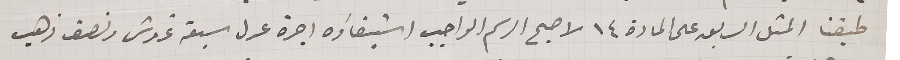
طبقنا المثل السابق على المادة ١٤ لاصبح الرسم الواجب استيفاؤه اجرة عدل سبعة غروش ونصف ذهب